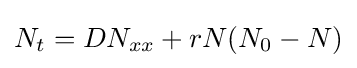
N_{t}=DN_{xx}+rN(N_{0}-N)